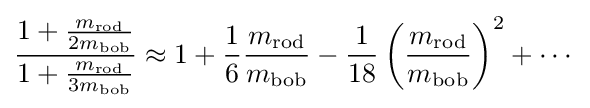
{\frac {1+{\frac {m_{\mathrm {rod} }}{2m_{\mathrm {bob} }}}}{1+{\frac {m_{\mathrm {rod} }}{3m_{\mathrm {bob} }}}}}\approx 1+{\frac {1}{6}}{\frac {m_{\mathrm {rod} }}{m_{\mathrm {bob} }}}-{\frac {1}{18}}\left({\frac {m_{\mathrm {rod} }}{m_{\mathrm {bob} }}}\right)^{2}+\cdots